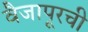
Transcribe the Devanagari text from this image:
वैजापूरची